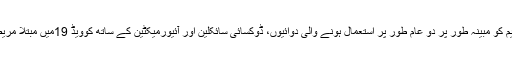
اس حوالے سے بنگلہ دیش میں میڈیکل ڈاکٹروں کی ایک ٹیم کو مبینہ طور پر دو عام طور پر استعمال ہونے والی دوائیوں، ڈوکسائی سائکلین اور آئیورمیکٹین کے ساتھ کوویڈ 19میں مبتلا مریضوں کے علاج میں “حیران کن” کامیابی حاصل ہوئی ہے۔